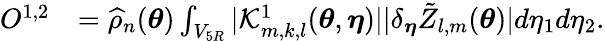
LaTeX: \begin{array}{rl}{O^{1,2}}&{=\widehat{\rho}_{n}({\boldsymbol{\theta}})\int_{V_{5R}}|\mathcal{K}_{m,k,l}^{1}({\boldsymbol{\theta}},{\boldsymbol{\eta}})||\delta_{{\boldsymbol{\eta}}}\tilde{Z}_{l,m}({\boldsymbol{\theta}})|d\eta_{1}d\eta_{2}.}\end{array}